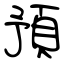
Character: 預